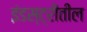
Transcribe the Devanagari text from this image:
इंडस्ट्रीतील